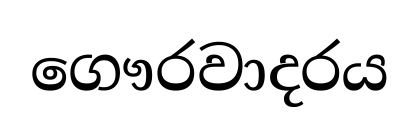
ගෞරවාදරය